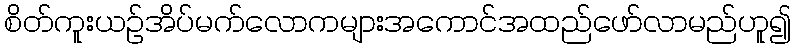
စိတ်ကူးယဉ်အိပ်မက်လောကများအကောင်အထည်ဖော်လာမည်ဟူ၍